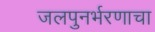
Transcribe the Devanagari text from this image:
जलपुनर्भरणाचा